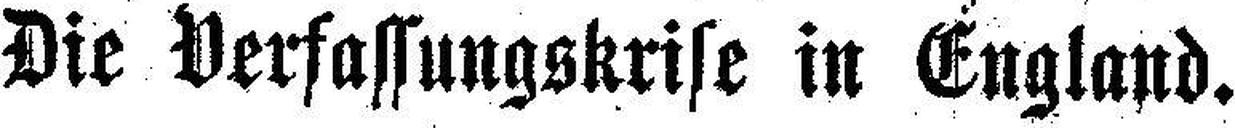
Die Verfassungskrise in England.